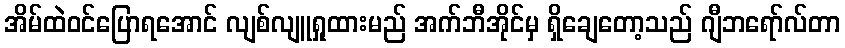
အိမ်ထဲဝင်ပြောရအောင် လျစ်လျူရှုထားမည် အက်ဘီအိုင်မှ ရှိချေတော့သည် ဂျီဘရော်လ်တာ